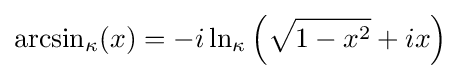
{\rm {arcsin}}_{\kappa }(x)=-i\ln _{\kappa }\left({\sqrt {1-x^{2}}}+ix\right)